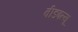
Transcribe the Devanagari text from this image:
वीडबल्यू